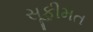
સૂફીમત